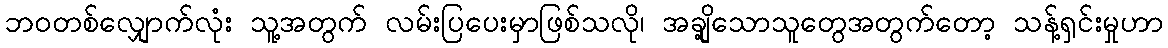
ဘဝတစ်လျှောက်လုံး သူ့အတွက် လမ်းပြပေးမှာဖြစ်သလို၊ အချို့သောသူတွေအတွက်တော့ သန့်ရှင်းမှုဟာ